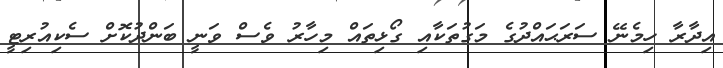
އިދާރާ ހިމެނޭ ސަރަޙައްދުގެ މަގުތަކާއި ގޯޅިތައް މިހާރު ވެސް ވަނީ ބަންދުކޮށް ސެކިއުރިޓީ